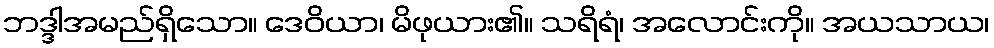
ဘဒ္ဒါအမည်ရှိသော။ ဒေဝိယာ၊ မိဖုယား၏။ သရိရံ၊ အလောင်းကို။ အယသာယ၊